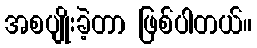
အစပျိုးခဲ့တာ ဖြစ်ပါတယ်။